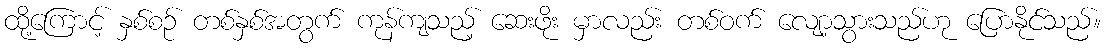
ထို့ကြောင့် နှစ်စဉ် တစ်နှစ်အတွက် ကုန်ကျသည့် ဆေးဖိုး မှာလည်း တစ်ဝက် လျော့သွားသည်ဟု ပြောနိုင်သည်။